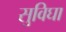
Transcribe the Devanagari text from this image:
सुविघा